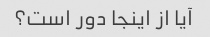
آیا از اینجا دور است؟